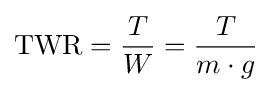
\mathrm {TWR} ={\frac {T}{W}}={\frac {T}{m\cdot g}}